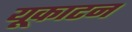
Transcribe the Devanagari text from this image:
यूकाटन